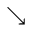
\searrow